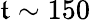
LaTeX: \mathfrak{t}\sim150